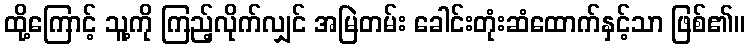
ထို့ကြောင့် သူ့ကို ကြည့်လိုက်လျှင် အမြဲတမ်း ခေါင်းတုံးဆံထောက်နှင့်သာ ဖြစ်၏။